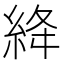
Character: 絳